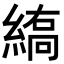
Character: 𦃣